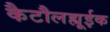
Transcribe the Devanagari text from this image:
कैटौलह्यूईक